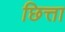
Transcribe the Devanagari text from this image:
छित्ता